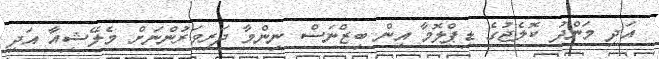
އަދި މަންދު ކޮލެޖުގެ ޑިޕްލޮމާ އިން ބިޒްނަސް ނިންމާ ދަރިވަރުންނަށް މެލޭޝިއާ އަދި